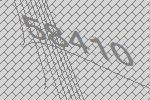
58410